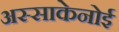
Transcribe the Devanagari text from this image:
अस्साकेनोई